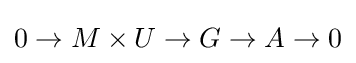
0\to M\times U\to G\to A\to 0